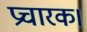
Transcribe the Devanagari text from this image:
प्रचारक।